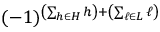
( - 1 ) ^ { \left( \sum _ { h \in H } h \right) + \left( \sum _ { \ell \in L } \ell \right) }